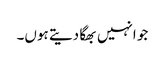
جو انہیں بھگا دیتے ہوں۔